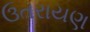
ઉતરાયણ